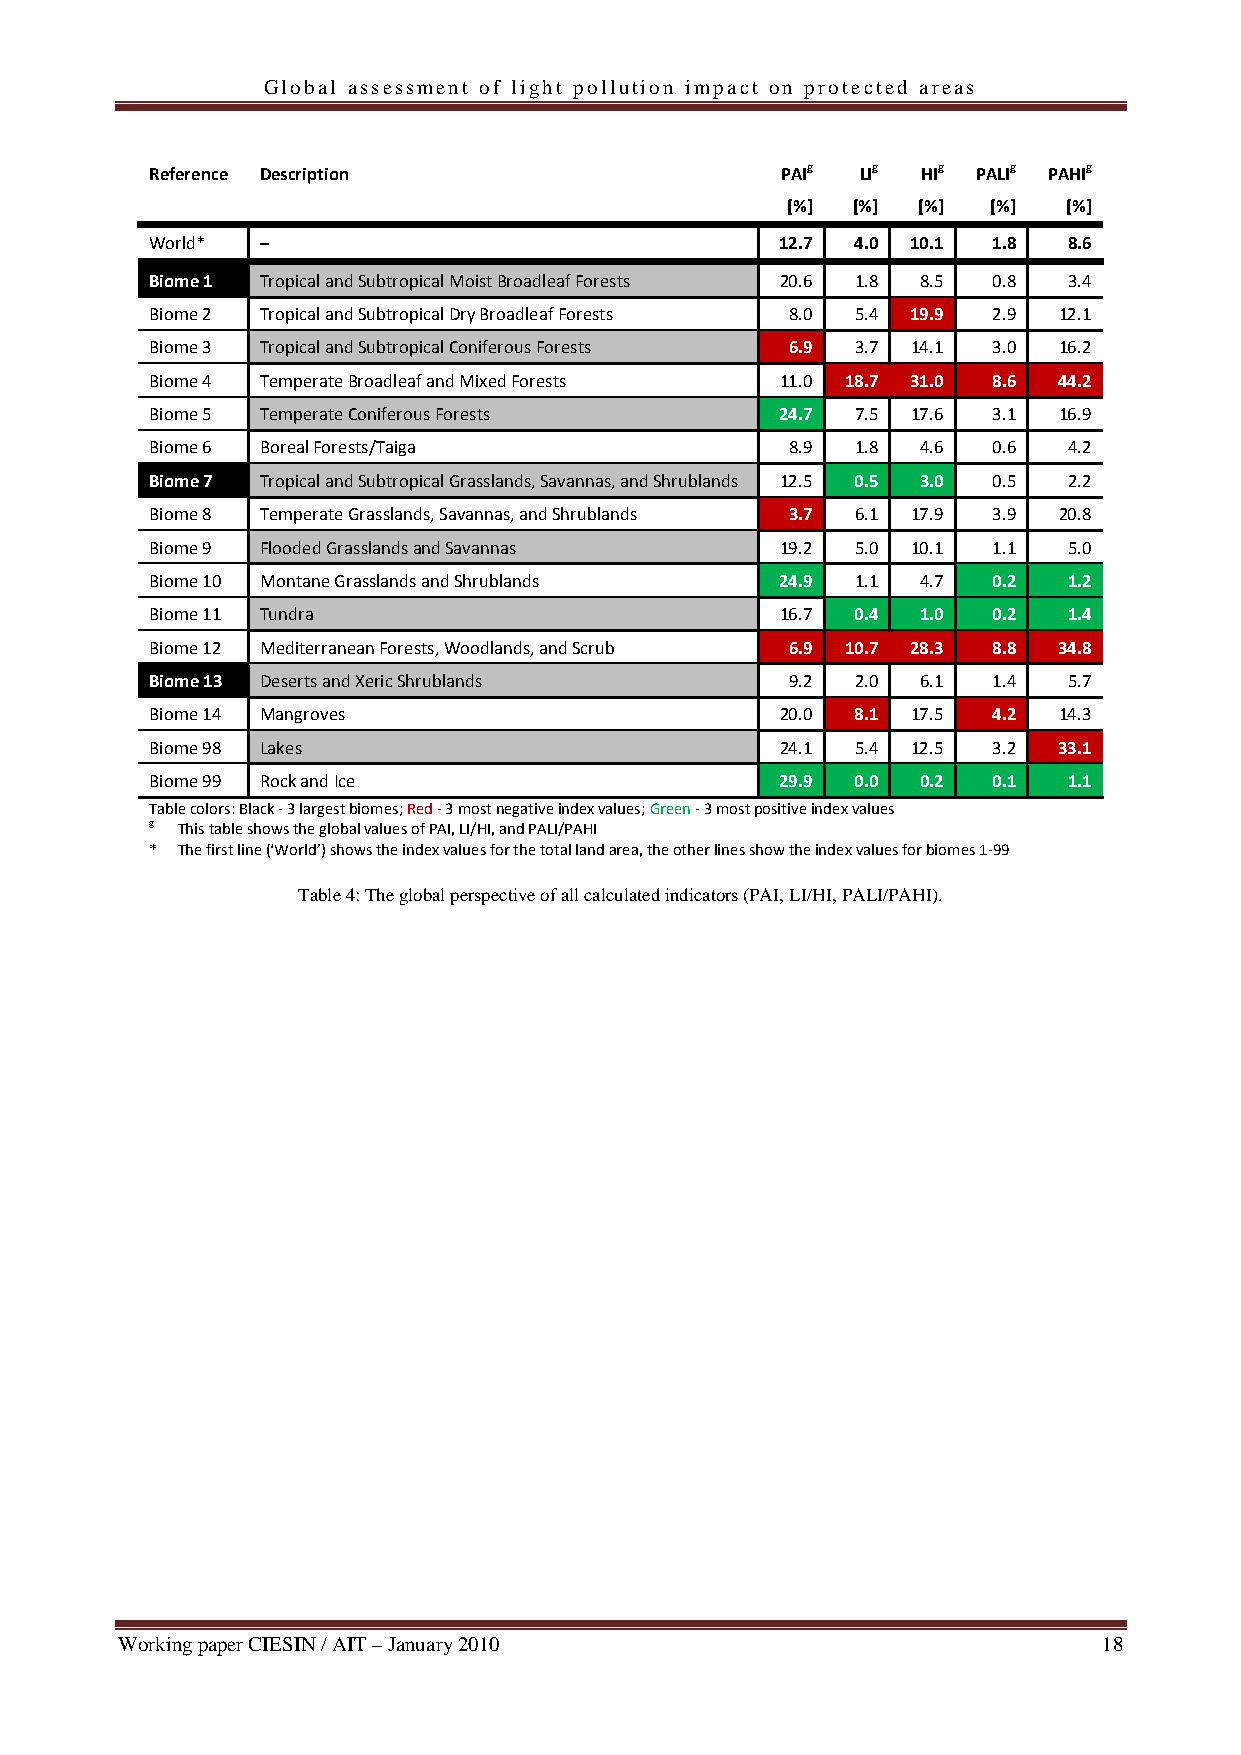
Global assessment of light pollution impact on protected areas
 Reference Description                     PAIg LIg HIg PALIg PAHIg
 [%] [%]  [%]  [%]  [%]
 World* –                                  12.7 4.0 10.1 1.8  8.6
 Biome 1 Tropical and Subtropical Moist Broadleaf Forests 20.6 1.8 8.5 0.8 3.4
 Biome 2 Tropical and Subtropical Dry Broadleaf Forests 8.0 5.4 19.9 2.9 12.1
 Biome 3 Tropical and Subtropical Coniferous Forests 6.9 3.7 14.1 3.0 16.2
 Biome 4 Temperate Broadleaf and Mixed Forests 11.0 18.7 31.0 8.6 44.2
 Biome 5 Temperate Coniferous Forests      24.7 7.5 17.6 3.1 16.9
 Biome 6 Boreal Forests/Taiga              8.9  1.8 4.6  0.6  4.2
 Biome 7 Tropical and Subtropical Grasslands, Savannas, and Shrublands 12.5 0.5 3.0 0.5 2.2
 Biome 8 Temperate Grasslands, Savannas, and Shrublands 3.7 6.1 17.9 3.9 20.8
 Biome 9 Flooded Grasslands and Savannas   19.2 5.0 10.1 1.1  5.0
 Biome 10 Montane Grasslands and Shrublands 24.9 1.1 4.7 0.2  1.2
 Biome 11 Tundra                           16.7 0.4 1.0  0.2  1.4
 Biome 12 Mediterranean Forests, Woodlands, and Scrub 6.9 10.7 28.3 8.8 34.8
 Biome 13 Deserts and Xeric Shrublands     9.2  2.0 6.1  1.4  5.7
 Biome 14 Mangroves                        20.0 8.1 17.5 4.2 14.3
 Biome 98 Lakes                            24.1 5.4 12.5 3.2 33.1
 Biome 99 Rock and Ice                     29.9 0.0 0.2  0.1  1.1
 Table colors: Black ‐ 3 largest biomes; Red ‐ 3 most negative index values; Green‐3 most positive index values
 g This table shows the global values of PAI, LI/HI, and PALI/PAHI
 * The first line (‘World’) shows the index values for the total land area, the other lines show the index values for biomes 1‐99
 Table 4: The global perspective of all calculated indicators (PAI, LI/HI, PALI/PAHI).
 Working paper CIESIN / AIT – January 2010                        18